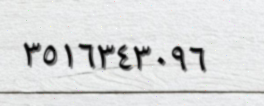
٣٥١٦٣٤٣٠٩٦